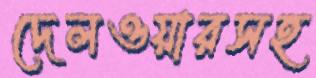
দেলওয়ারসহ